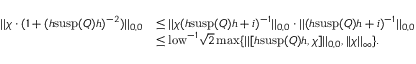
\begin{array} { r l } { | | \chi \cdot ( 1 + ( h \mathrm { s u s p } ( Q ) h ) ^ { - 2 } ) | | _ { 0 , 0 } } & { \leq | | \chi ( h \mathrm { s u s p } ( Q ) h + i ) ^ { - 1 } | | _ { 0 , 0 } \cdot | | ( h \mathrm { s u s p } ( Q ) h + i ) ^ { - 1 } | | _ { 0 , 0 } } \\ & { \leq \mathrm { l o w } ^ { - 1 } \sqrt { 2 } \operatorname* { m a x } \{ | | [ h \mathrm { s u s p } ( Q ) h , \chi ] | | _ { 0 , 0 } , | | \chi | | _ { \infty } \} . } \end{array}